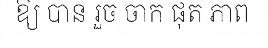
ឱ្យ បាន រួច ចាក ផុត ភាព